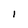
Character: I